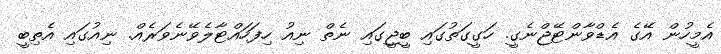
އެމީހުން އޭގެ އެޑްވާންޓޭޖްނެގީ. ހަގީގަތުގައި ބީޖީގައި ނެތް ނިއު ހިފަހައްޓާލެވޭނެވަރެއް. ނިއުގައި އެތިބީ